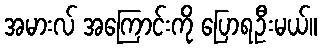
အမားလ် အကြောင်းကို ပြောရဦးမယ်။